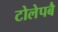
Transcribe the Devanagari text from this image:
टोलेपबै